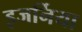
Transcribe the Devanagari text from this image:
इजर्निया